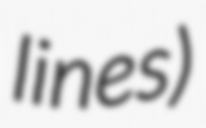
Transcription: lines)